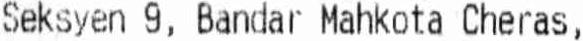
SEKSYEN 9, BANDAR MAHKOTA CHERAS,